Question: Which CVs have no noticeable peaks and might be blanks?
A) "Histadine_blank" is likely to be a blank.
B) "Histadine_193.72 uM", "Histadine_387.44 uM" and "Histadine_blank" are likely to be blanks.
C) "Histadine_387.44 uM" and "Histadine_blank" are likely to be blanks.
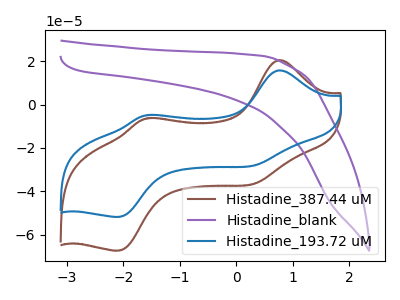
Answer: <think>The brown curve "Histadine_387.44 uM" has anodic peaks at (0.75V, 20.50uA) (-1.50V, -6.20uA) and cathodic peaks at (0.35V, -36.20uA) (-2.10V, -67.25uA). The purple curve "Histadine_blank" has no peaks. The blue curve "Histadine_193.72 uM" has anodic peaks at (0.75V, 15.75uA) (-1.50V, -4.80uA) and cathodic peaks at (0.35V, -27.85uA) (-2.10V, -51.70uA).</think>
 <answer>A) "Histadine_blank" is likely to be a blank.</answer>
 <eval>A</eval>